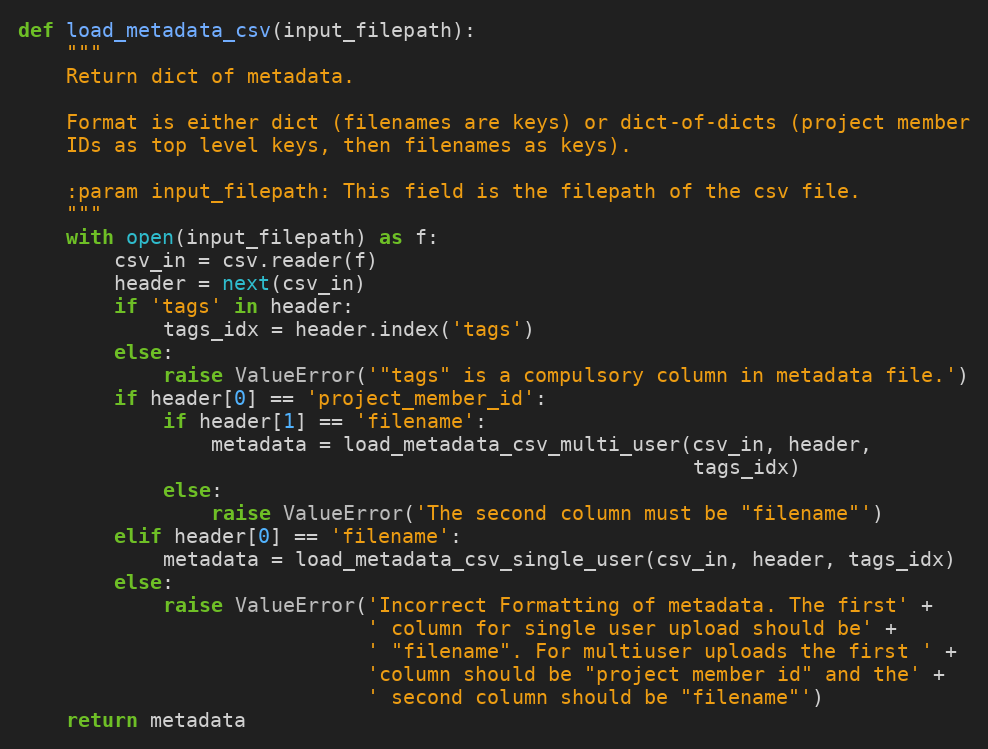
Language: Python
def load_metadata_csv(input_filepath):
    """
    Return dict of metadata.

    Format is either dict (filenames are keys) or dict-of-dicts (project member
    IDs as top level keys, then filenames as keys).

    :param input_filepath: This field is the filepath of the csv file.
    """
    with open(input_filepath) as f:
        csv_in = csv.reader(f)
        header = next(csv_in)
        if 'tags' in header:
            tags_idx = header.index('tags')
        else:
            raise ValueError('"tags" is a compulsory column in metadata file.')
        if header[0] == 'project_member_id':
            if header[1] == 'filename':
                metadata = load_metadata_csv_multi_user(csv_in, header,
                                                        tags_idx)
            else:
                raise ValueError('The second column must be "filename"')
        elif header[0] == 'filename':
            metadata = load_metadata_csv_single_user(csv_in, header, tags_idx)
        else:
            raise ValueError('Incorrect Formatting of metadata. The first' +
                             ' column for single user upload should be' +
                             ' "filename". For multiuser uploads the first ' +
                             'column should be "project member id" and the' +
                             ' second column should be "filename"')
    return metadata